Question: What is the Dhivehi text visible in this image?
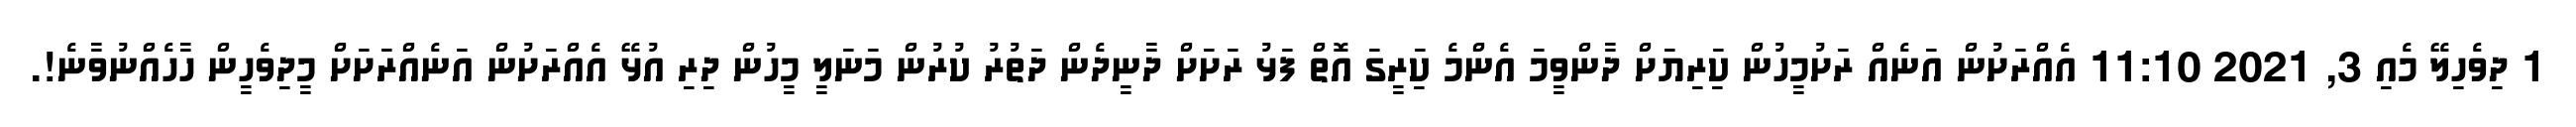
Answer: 1 ދިވެހިލޭ މެއި 3, 2021 11:10 އެއްރަށުން އަނެއް ރަށުމީހުން ކަިރިޔަށް ދާންވީމަ އެންމެ ކަިރީގަ އޮތް ފަޅު ރަށަށް ދާނީދެން ދަތުރު ކުރުން މަނަލީ މީހުން ދިރި އުޅޭ އެއްރަށުން އަނެއްރަށަށް މީދިވެހީން ހާހެއްނުވާނެ!.